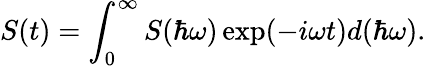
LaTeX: S(t)=\int_{0}^{\infty}S(\hbar\omega)\exp(-i\omega t)d(\hbar\omega).